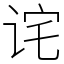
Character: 诧